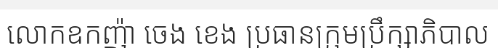
លោកឧកញ៉ា ចេង ខេង ប្រធានក្រុមប្រឹក្សាភិបាល